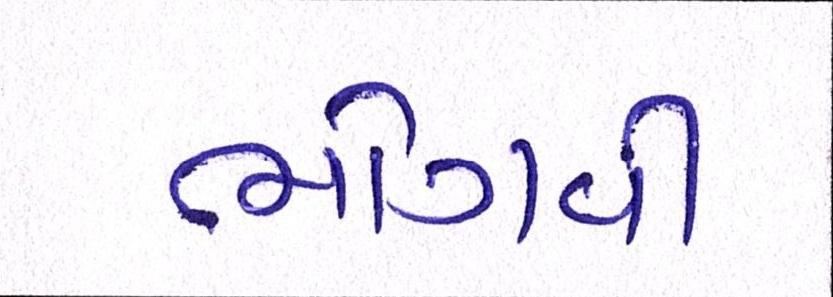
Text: ભોગવી